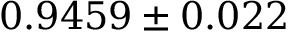
0 . 9 4 5 9 \pm 0 . 0 2 2